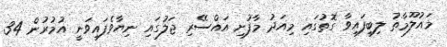
މައުލޫމާތު ލިބިފައިވާ ގޮތުގައި މިއަދު މާފުށި އައްސޭރި ޖަލުގައި ނިޔާވެފައިވަނީ އުމުރުން 34